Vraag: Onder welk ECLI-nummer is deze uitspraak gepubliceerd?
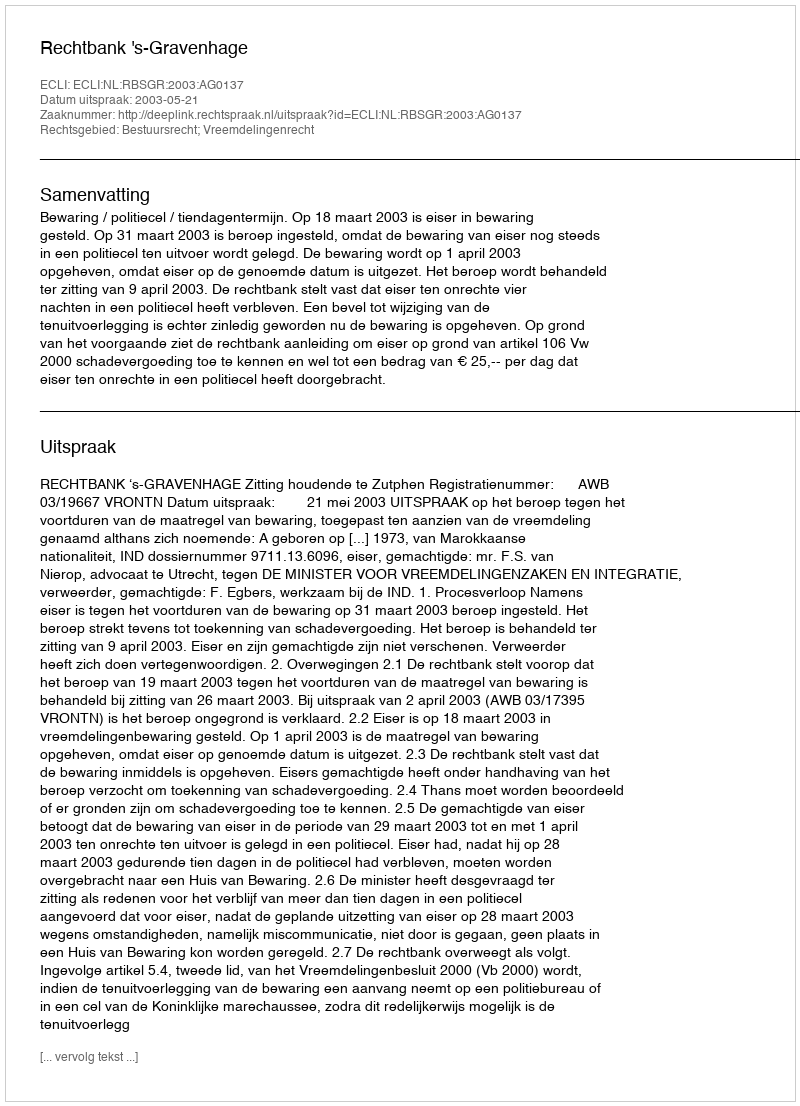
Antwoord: ECLI:NL:RBSGR:2003:AG0137